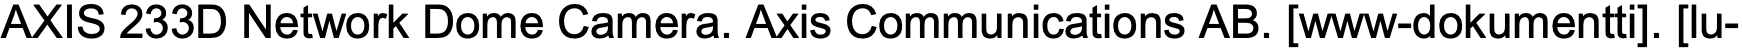
AXIS 233D Network Dome Camera. Axis Communications AB. [www-dokumentti]. [lu-